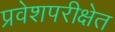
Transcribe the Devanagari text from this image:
प्रवेशपरीक्षेत